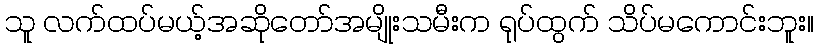
သူ လက်ထပ်မယ့်အဆိုတော်အမျိုးသမီးက ရုပ်ထွက် သိပ်မကောင်းဘူး။